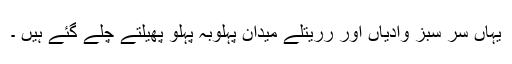
یہاں سر سبز وادیاں اور رریتلے میدان پہلوبہ پہلو پھیلتے چلے گئے ہیں ۔